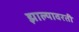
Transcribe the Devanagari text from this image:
झाल्यावरती